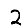
Digit: 2